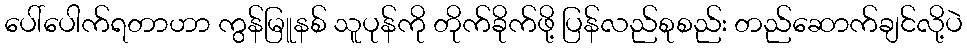
ပေါ်ပေါက်ရတာဟာ ကွန်မြူနစ် သူပုန်ကို တိုက်ခိုက်ဖို့ ပြန်လည်စုစည်း တည်ဆောက်ချင်လို့ပဲ